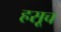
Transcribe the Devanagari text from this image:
हसूच